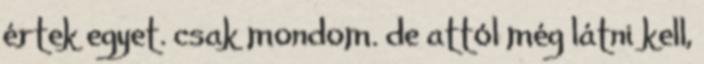
értek egyet. csak mondom. de attól még látni kell,